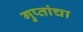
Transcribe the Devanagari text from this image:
गुप्तांचा